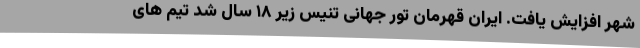
شهر افزایش یافت. ایران قهرمان تور جهانی تنیس زیر ۱۸ سال شد تیم های